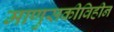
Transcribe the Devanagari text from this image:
माणुसकीविहीन